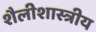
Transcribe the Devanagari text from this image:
शैलीशास्त्रीय